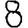
Digit: 8